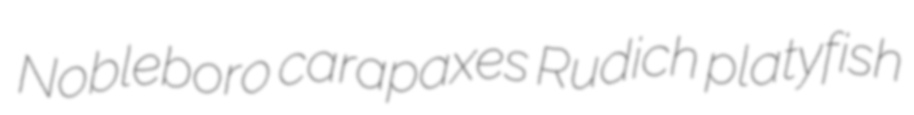
Nobleboro carapaxes Rudich platyfish